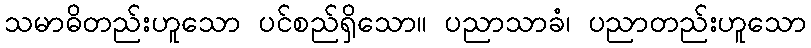
သမာဓိတည်းဟူသော ပင်စည်ရှိသော။ ပညာသာခံ၊ ပညာတည်းဟူသော